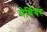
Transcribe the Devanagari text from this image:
मेर्थियर